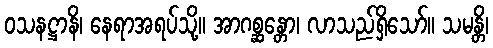
ဝသနဋ္ဌာနိ၊ နေရာအရပ်သို့။ အာဂစ္ဆန္တော၊ လာသည်ရှိသော်။ သမန္တိ၊